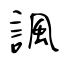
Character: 諷